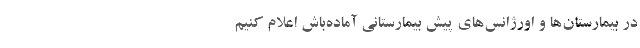
در بیمارستان‌ها و اورژانس‌های پیش بیمارستانی آماده‌باش اعلام کنیم